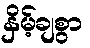
နှိမ့်ချစွာ